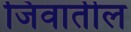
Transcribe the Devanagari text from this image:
जिवातील